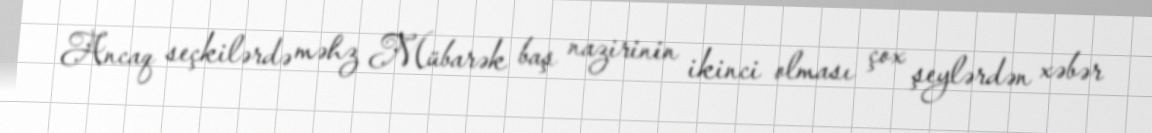
Ancaq seçkilərdə məhz Mübarək baş nazirinin ikinci olması çox şeylərdən xəbər